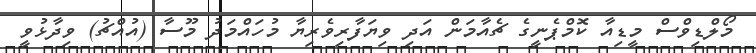
މޯލްޑިވްސް މީޑިއާ ކޮމްޕެނީގެ ޗެއާމަން އަދި ވިޔަފާރިވެރިޔާ މުހައްމަދު މޫސާ (އުއްޗު) ވިދާޅުވީ